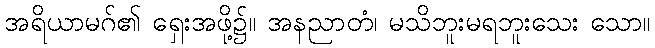
အရိယာမဂ်၏ ရှေးအဖို့၌။ အနညာတံ၊ မသိဘူးမရဘူးသေး သော။